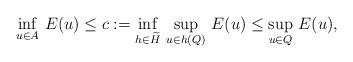
LaTeX: \begin{align*} \inf_{u \in A}\, E(u) \le c := \inf_{h \in \widetilde{H}}\, \sup_{u \in h(Q)}\, E(u) \le \sup_{u \in Q}\, E(u),\end{align*}